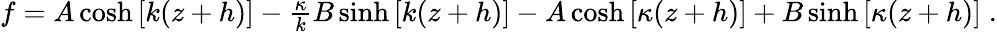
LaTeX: \begin{array}{r}{f=A\cosh\left[k(z+h)\right]-\frac{\kappa}{k}B\sinh\left[k(z+h)\right]-A\cosh\left[\kappa(z+h)\right]+B\sinh\left[\kappa(z+h)\right]\; .}\end{array}